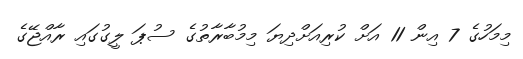
މިމަހުގެ 7 އިން 11 އަށް ކުރިއަށްދިޔަ މިމުބާރާތުގެ ސުޕަ ލީގުގައި ރާއްޖޭގެ